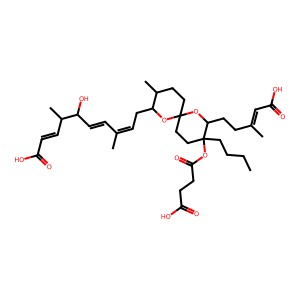
SMILES: CCCCC1(OC(=O)CCC(=O)O)CCC2(CCC(C)C(CC=C(C)C=CC(O)C(C)C=CC(=O)O)O2)OC1CCC(C)=CC(=O)O
Inhibits HIV replication: No